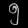
Digit: ၅